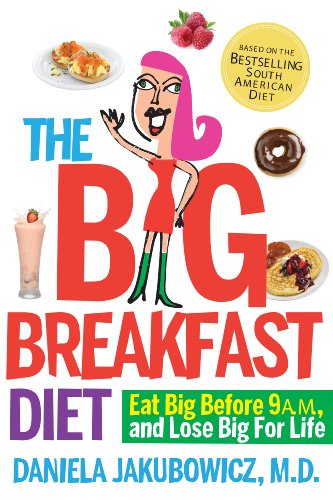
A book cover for The Big Breakfast Diet: Eat Big Before 9 A.M. and Lose Big for Life; Daniela Jakubowicz MD; Cookbooks, Food & Wine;